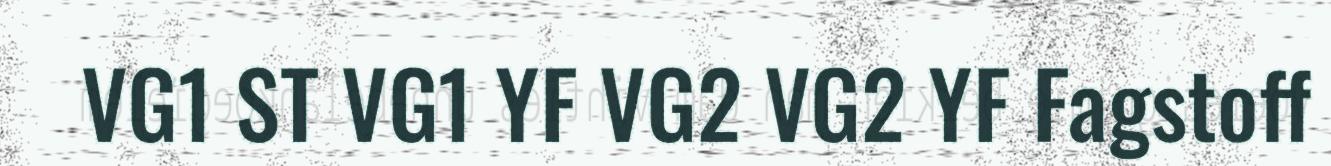
VG1 ST VG1 YF VG2 VG2 YF Fagstoff